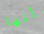
إنها